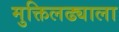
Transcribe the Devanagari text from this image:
मुक्तिलढ्याला